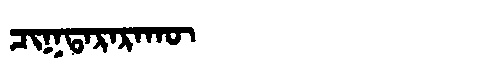
Manchu: ᠴᡳᡴᡨᠠᡵᠠᡵᠠᡴᡡ
Romanization: CIKTARARAKŪ